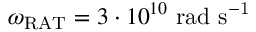
{ \omega _ { \mathrm { R A T } } = 3 \cdot 1 0 ^ { 1 0 } \ \mathrm { r a d \ s ^ { - 1 } } }